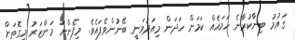
ގައުމު ބިނާކުރާނެ ހަމައެއް ކަމަށް ހަދަން މިއަދުވަނީ ބޭނުންވެފައެވެ. މިފެންނަ މަންޒަރު މިގޮތަށް